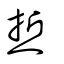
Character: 焎